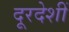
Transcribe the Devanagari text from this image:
दूरदेशीं